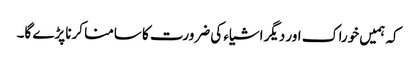
کہ ہمیں خوراک اور دیگراشیاء کی ضرورت کا سامنا کرنا پڑے گا۔